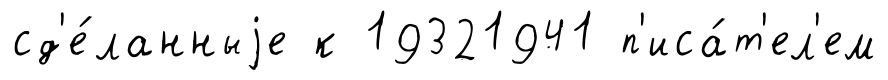
сд'е́ланныjе к 19321941 п'иса́т'ел'ем